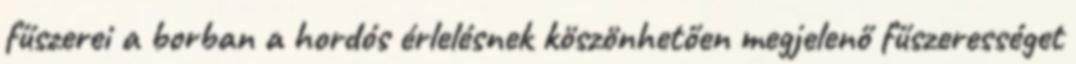
fűszerei a borban a hordós érlelésnek köszönhetően megjelenő fűszerességet